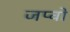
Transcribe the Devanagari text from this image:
जप्वो